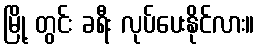
မြို့ တွင်း ခရီး လုပ်ပေးနိုင်လား။